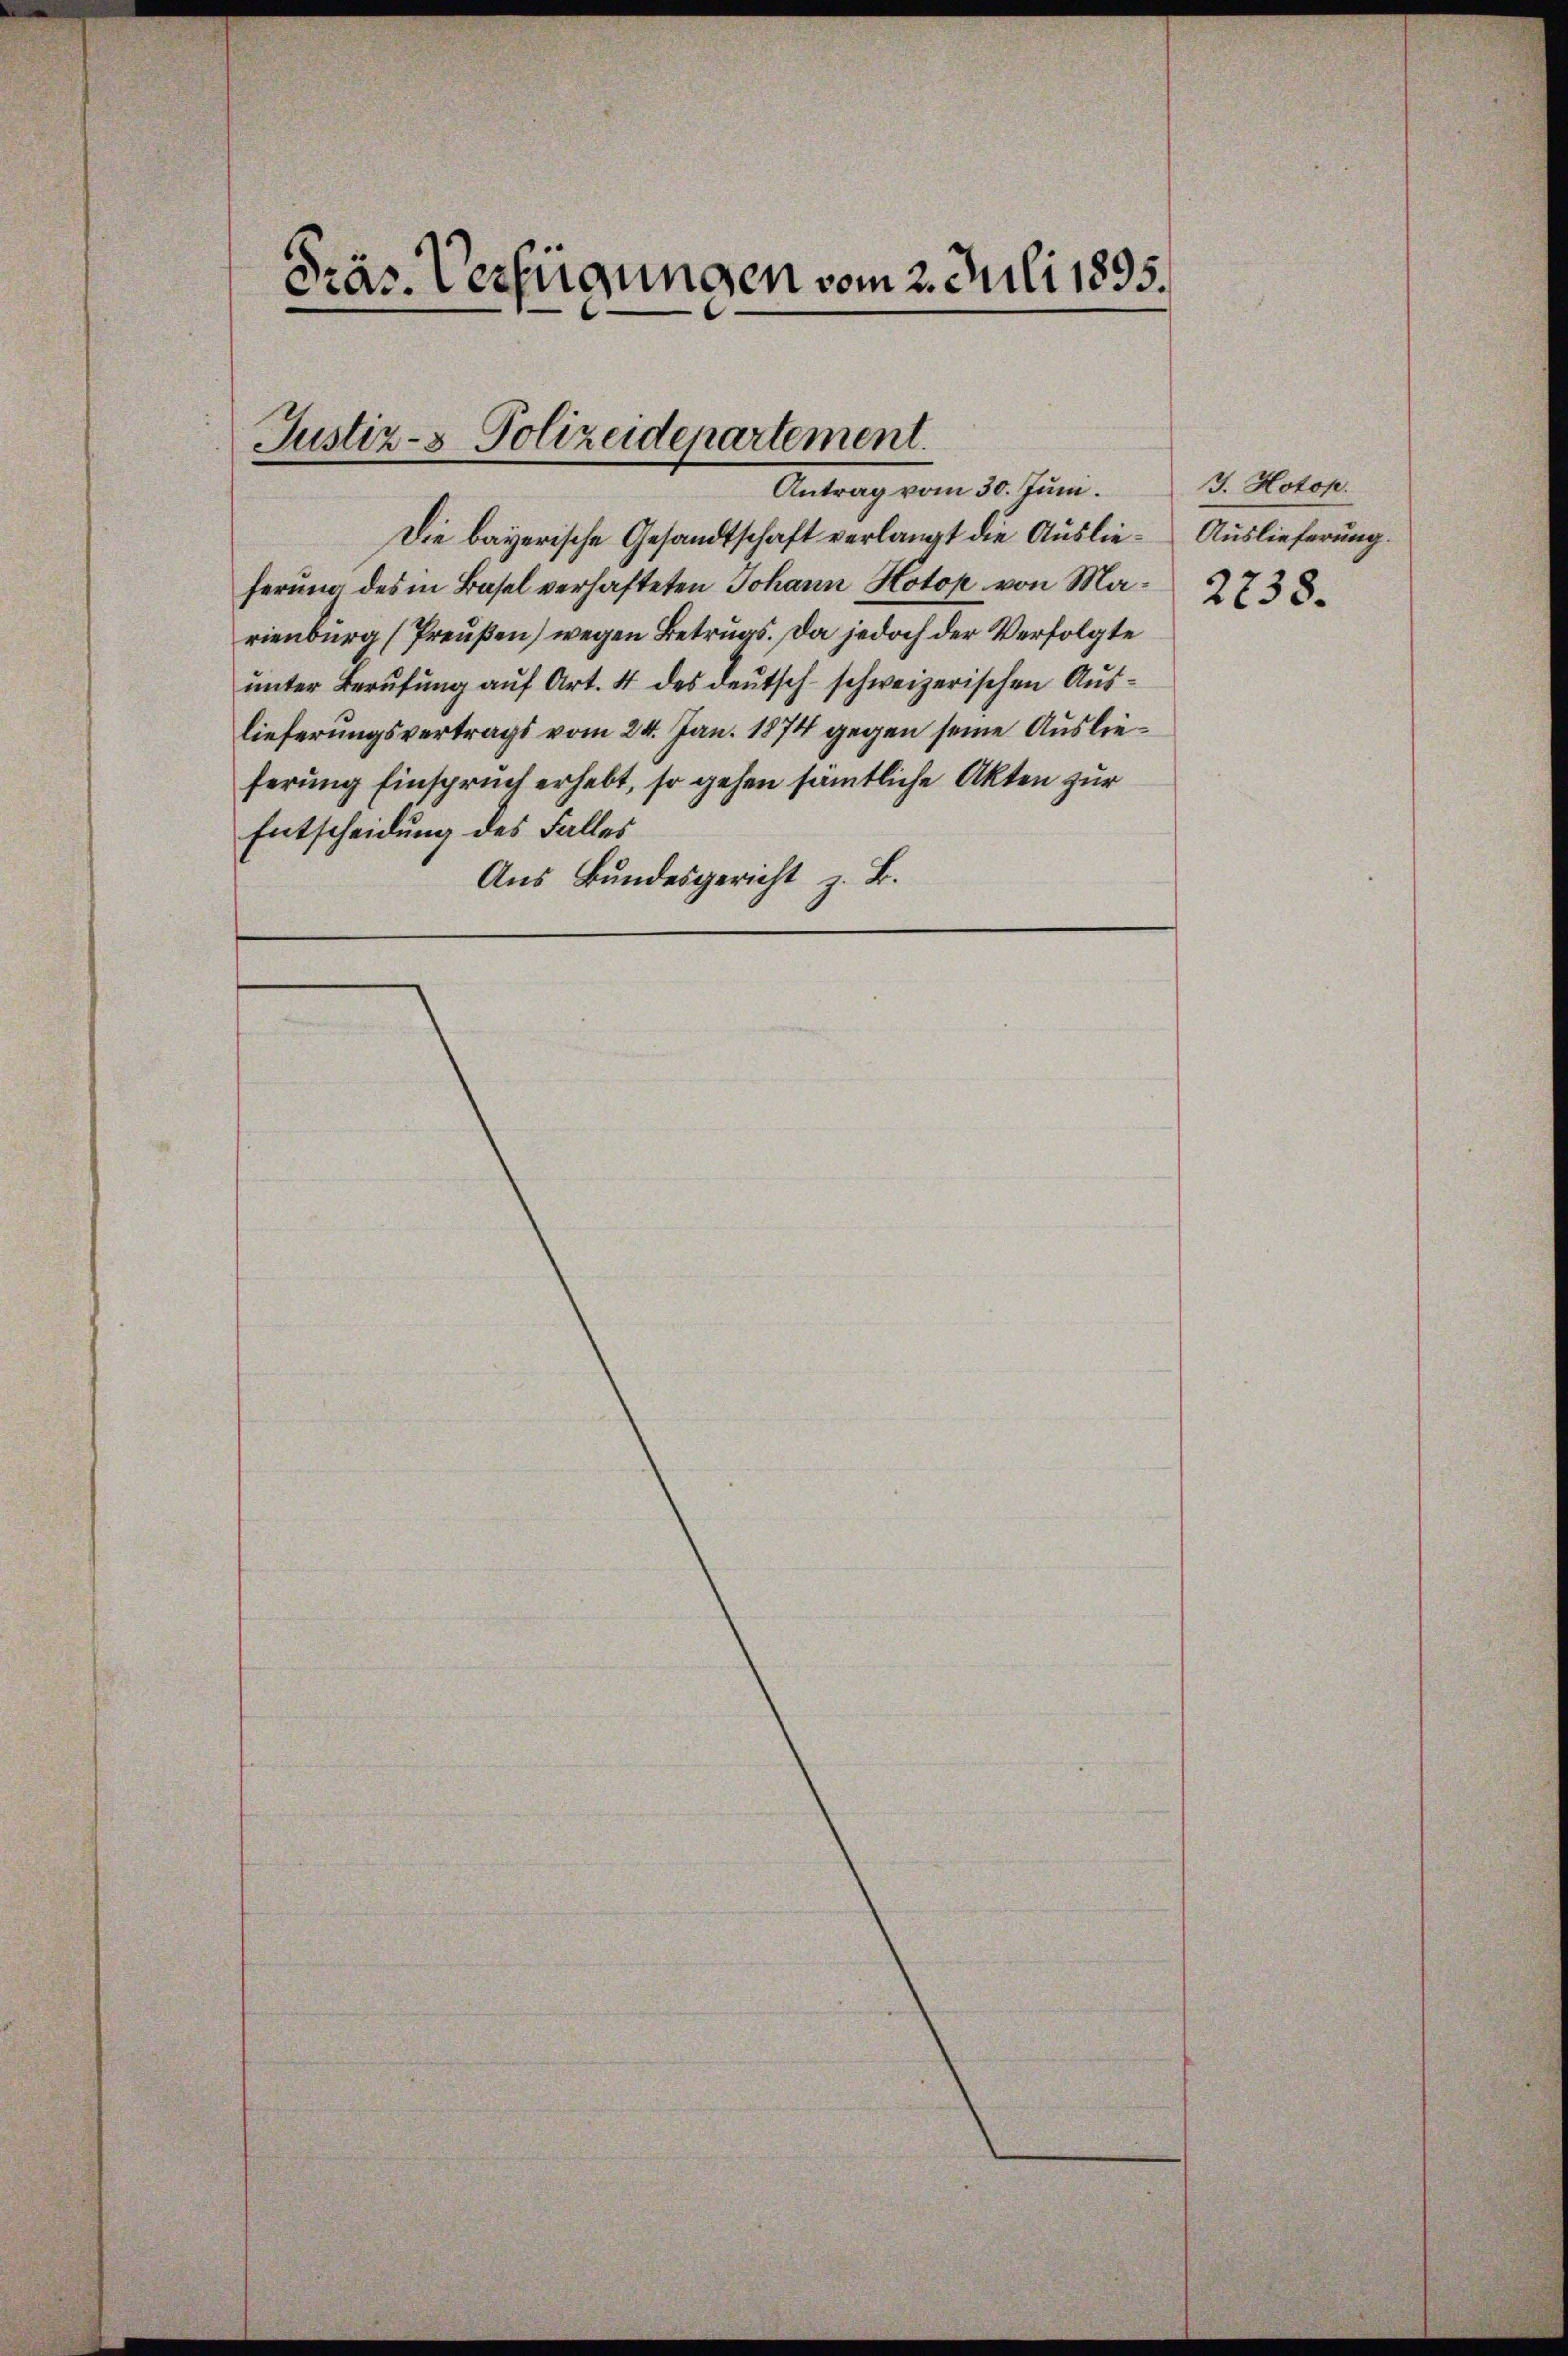
.
as. Verfügungen vom 2. Juli 1895.

Justiz- & Polizeidepartement.
Antrag vom 30. Juni.

Die bayerische Gesandtschaft verlangt die Auslie- Auslieferung.
ferŭng des in Basel verhafteten Johann Hotop von Ma- 2738.
rienburg (Preußen) wegen Betrugs. Da jedoch der Verfolgte
unter Berufung auf Art. 4 des deutsch-schweizerischen Auslieferungsvertrags vom 24. Jan. 1874 gegen seine Auslieferung Einspruch erhebt, so gehen sämmtliche Akten zur
Entscheidung des Falles
Aus Bundesgericht z. B.

J. Hotop.